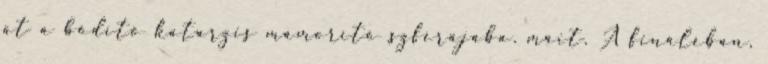
át a bódító katarzis mámorító szférájába. máit. A fináléban,